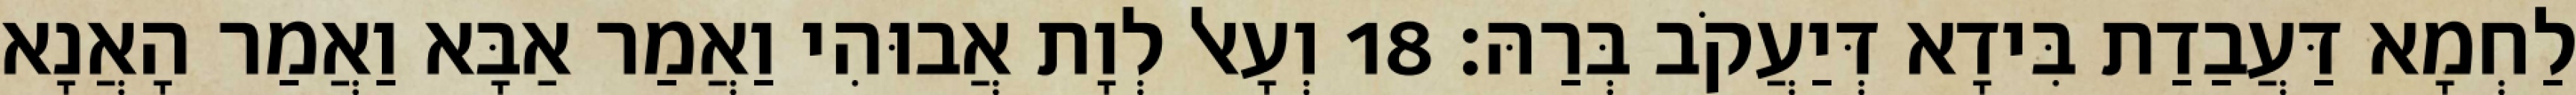
לַחְמָא דַּעֲבַדַת בִּידָא דְּיַעֲקֹב בְּרַהּ׃ 18 וְעָאל לְוָת אֲבוּהִי וַאֲמַר אַבָּא וַאֲמַר הָאֲנָא